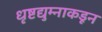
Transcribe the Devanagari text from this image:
धृष्टद्युम्नाकडून